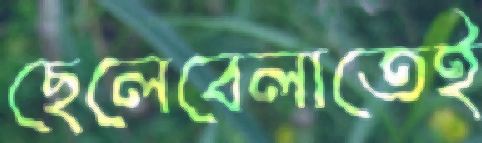
ছেলেবেলাতেই